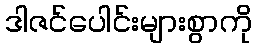
ဒါဇင်ပေါင်းများစွာကို